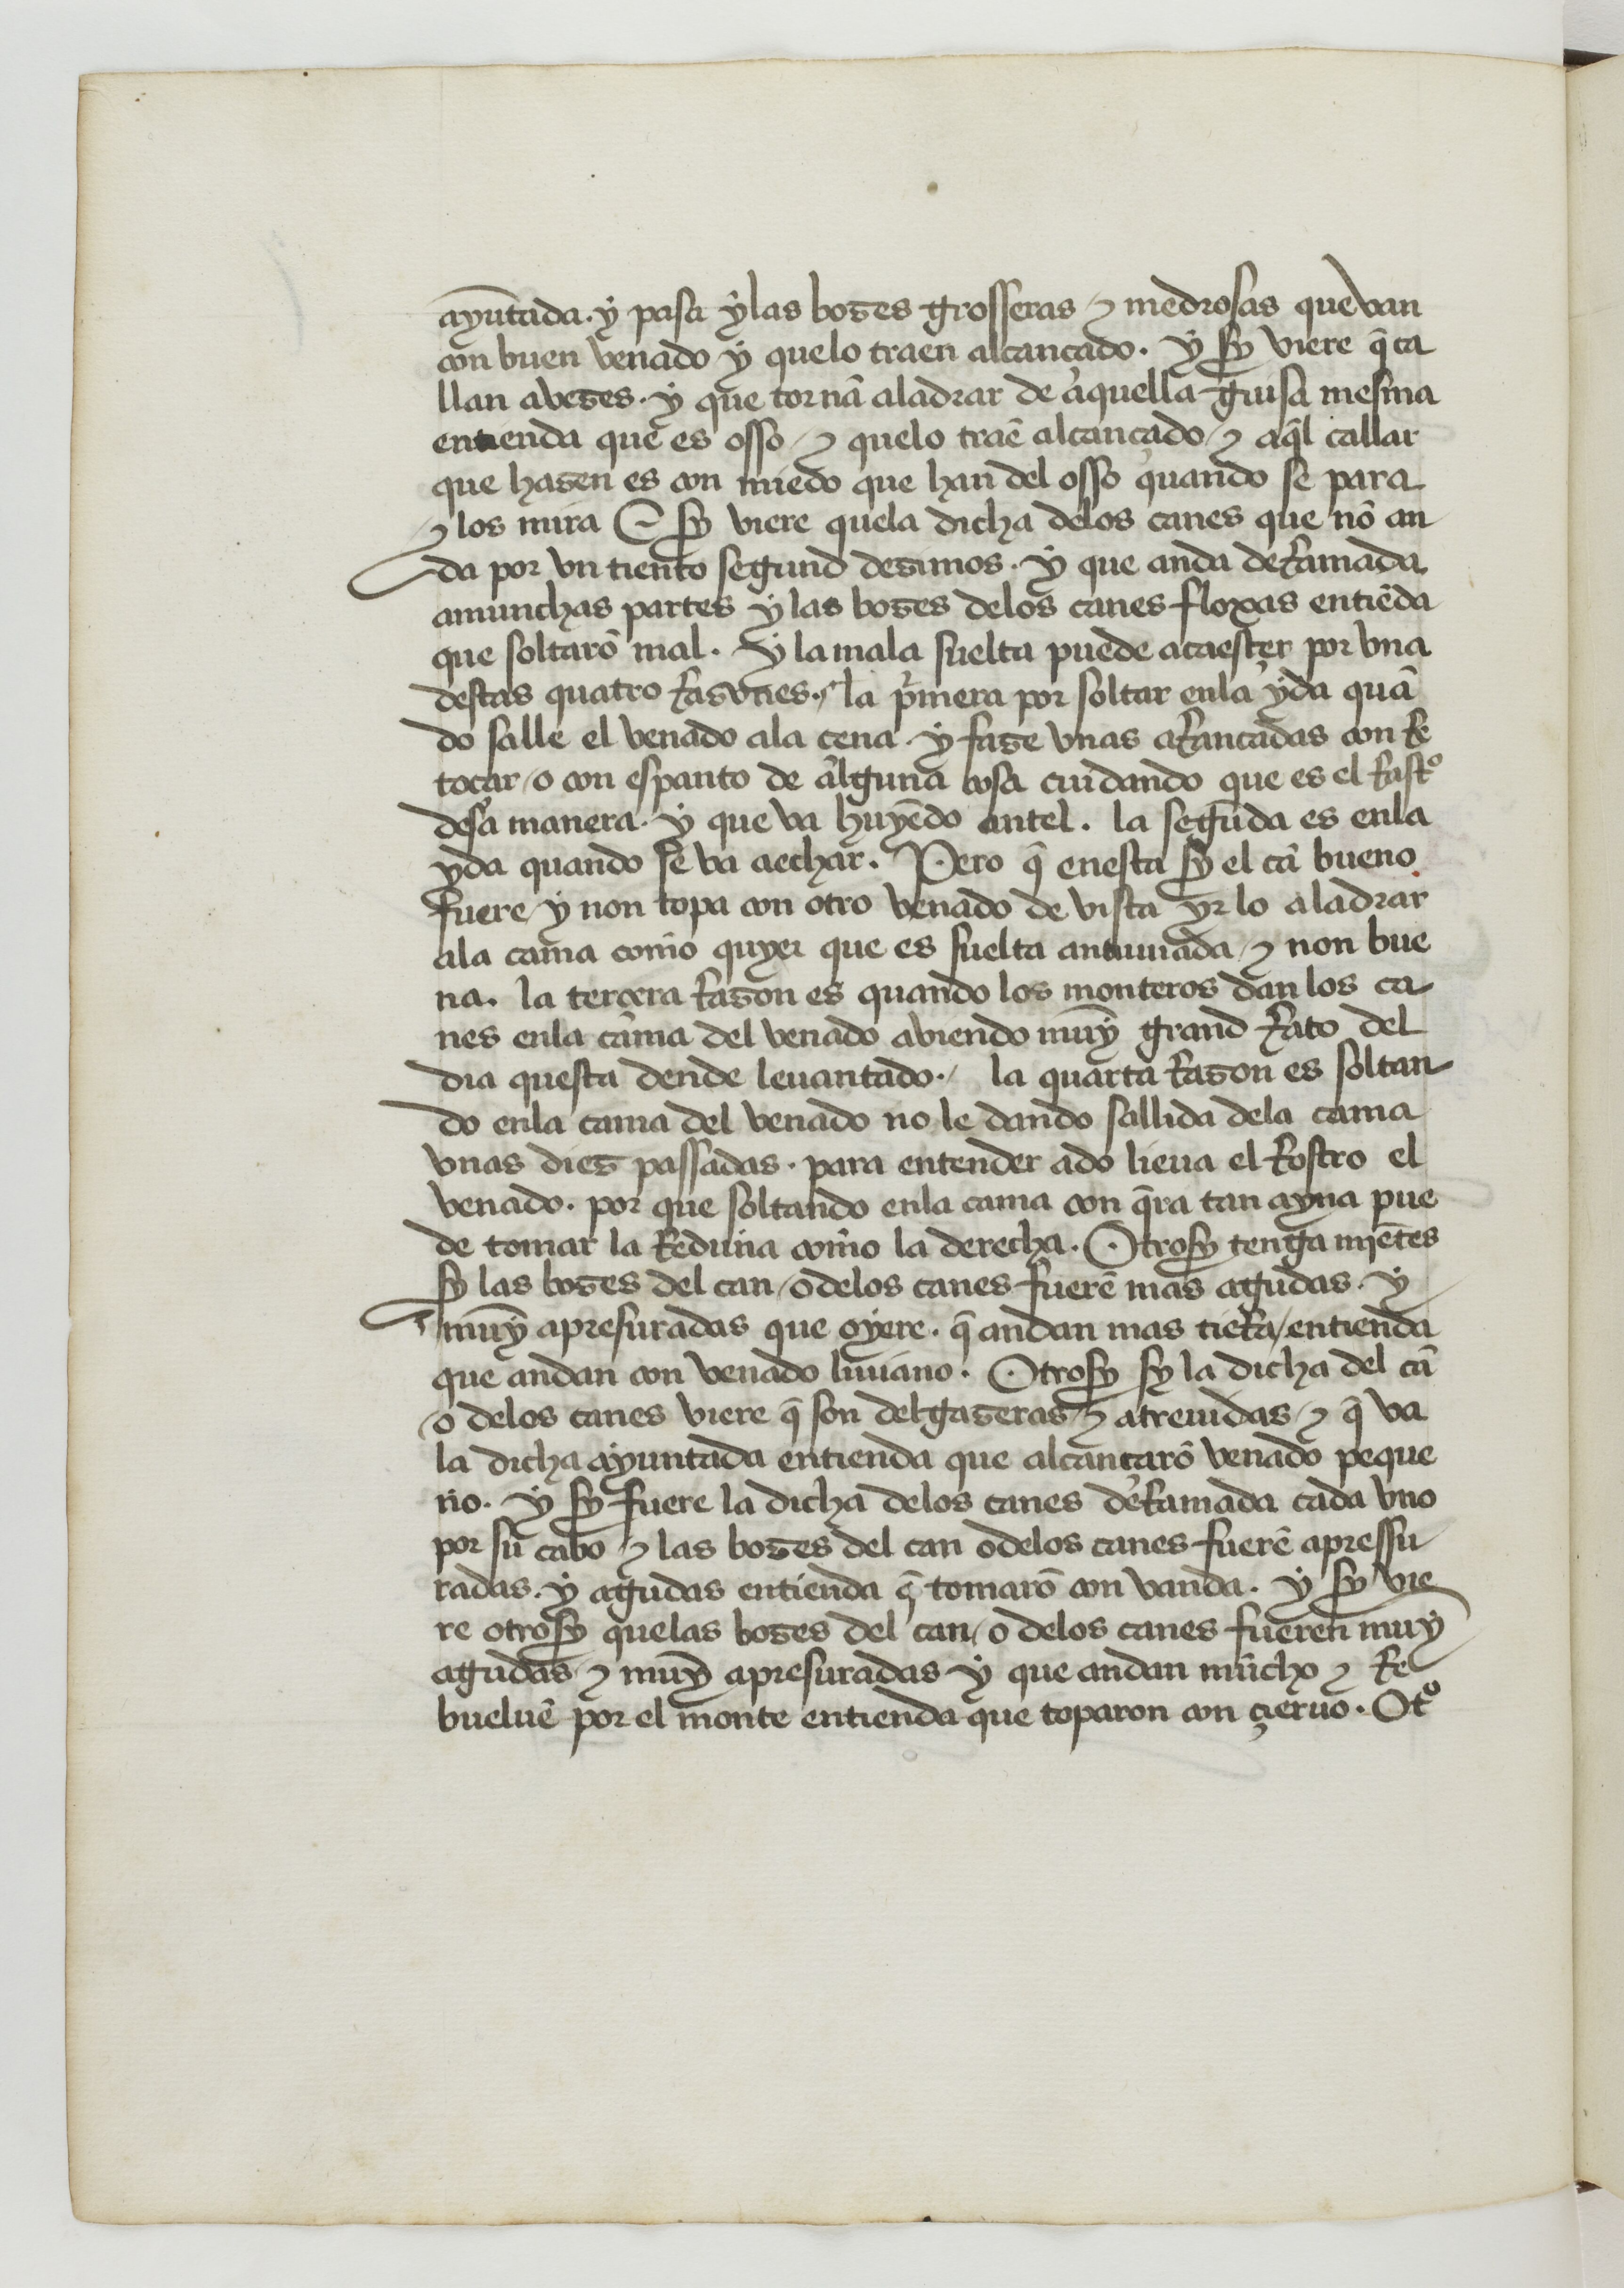
Shelfmark: Paris, BnF, esp. 218
Century: 15